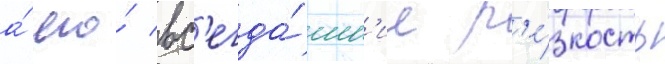
а́ его́ вс'егда́шн'ие р'е́зкость